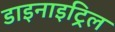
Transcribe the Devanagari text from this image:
डाइनाइट्रिल